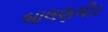
બાલણગીર